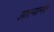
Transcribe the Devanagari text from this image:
झाल्यानंत